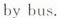
by bus.